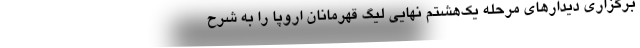
برگزاری دیدارهای مرحله یک‌هشتم نهایی لیگ قهرمانان اروپا را به شرح